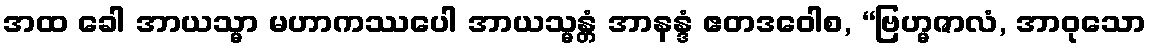
အထ ခေါ အာယသ္မာ မဟာကဿပေါ အာယသ္မန္တံ အာနန္ဒံ ဧတဒဝေါစ, “ဗြဟ္မဇာလံ, အာဝုသော